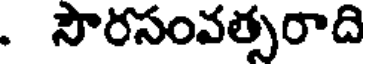
. సౌరసంవత్సరాది